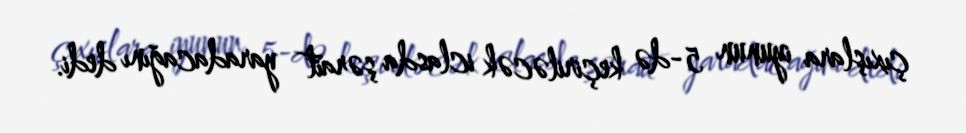
çıxışlara iyunun 5-də keçiriləcək iclasda şərait yaradacağını dedi.